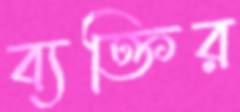
ব্যক্তির